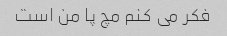
فکر می کنم مچ پا من است